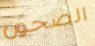
الصحون